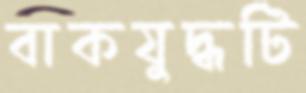
বাকযুদ্ধটি